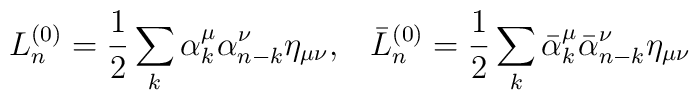
L_n^{(0)} = \frac{1}{2} \sum_k\alpha_k^\mu \alpha_{n-k}^\nu \eta_{\mu\nu} {,} \quad\bar{L}{}_n^{(0)} = \frac{1}{2} \sum_k\bar{\alpha}{}_k^\mu \bar{\alpha}{}_{n-k}^\nu \eta_{\mu\nu}